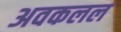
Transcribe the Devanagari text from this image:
अवकलल